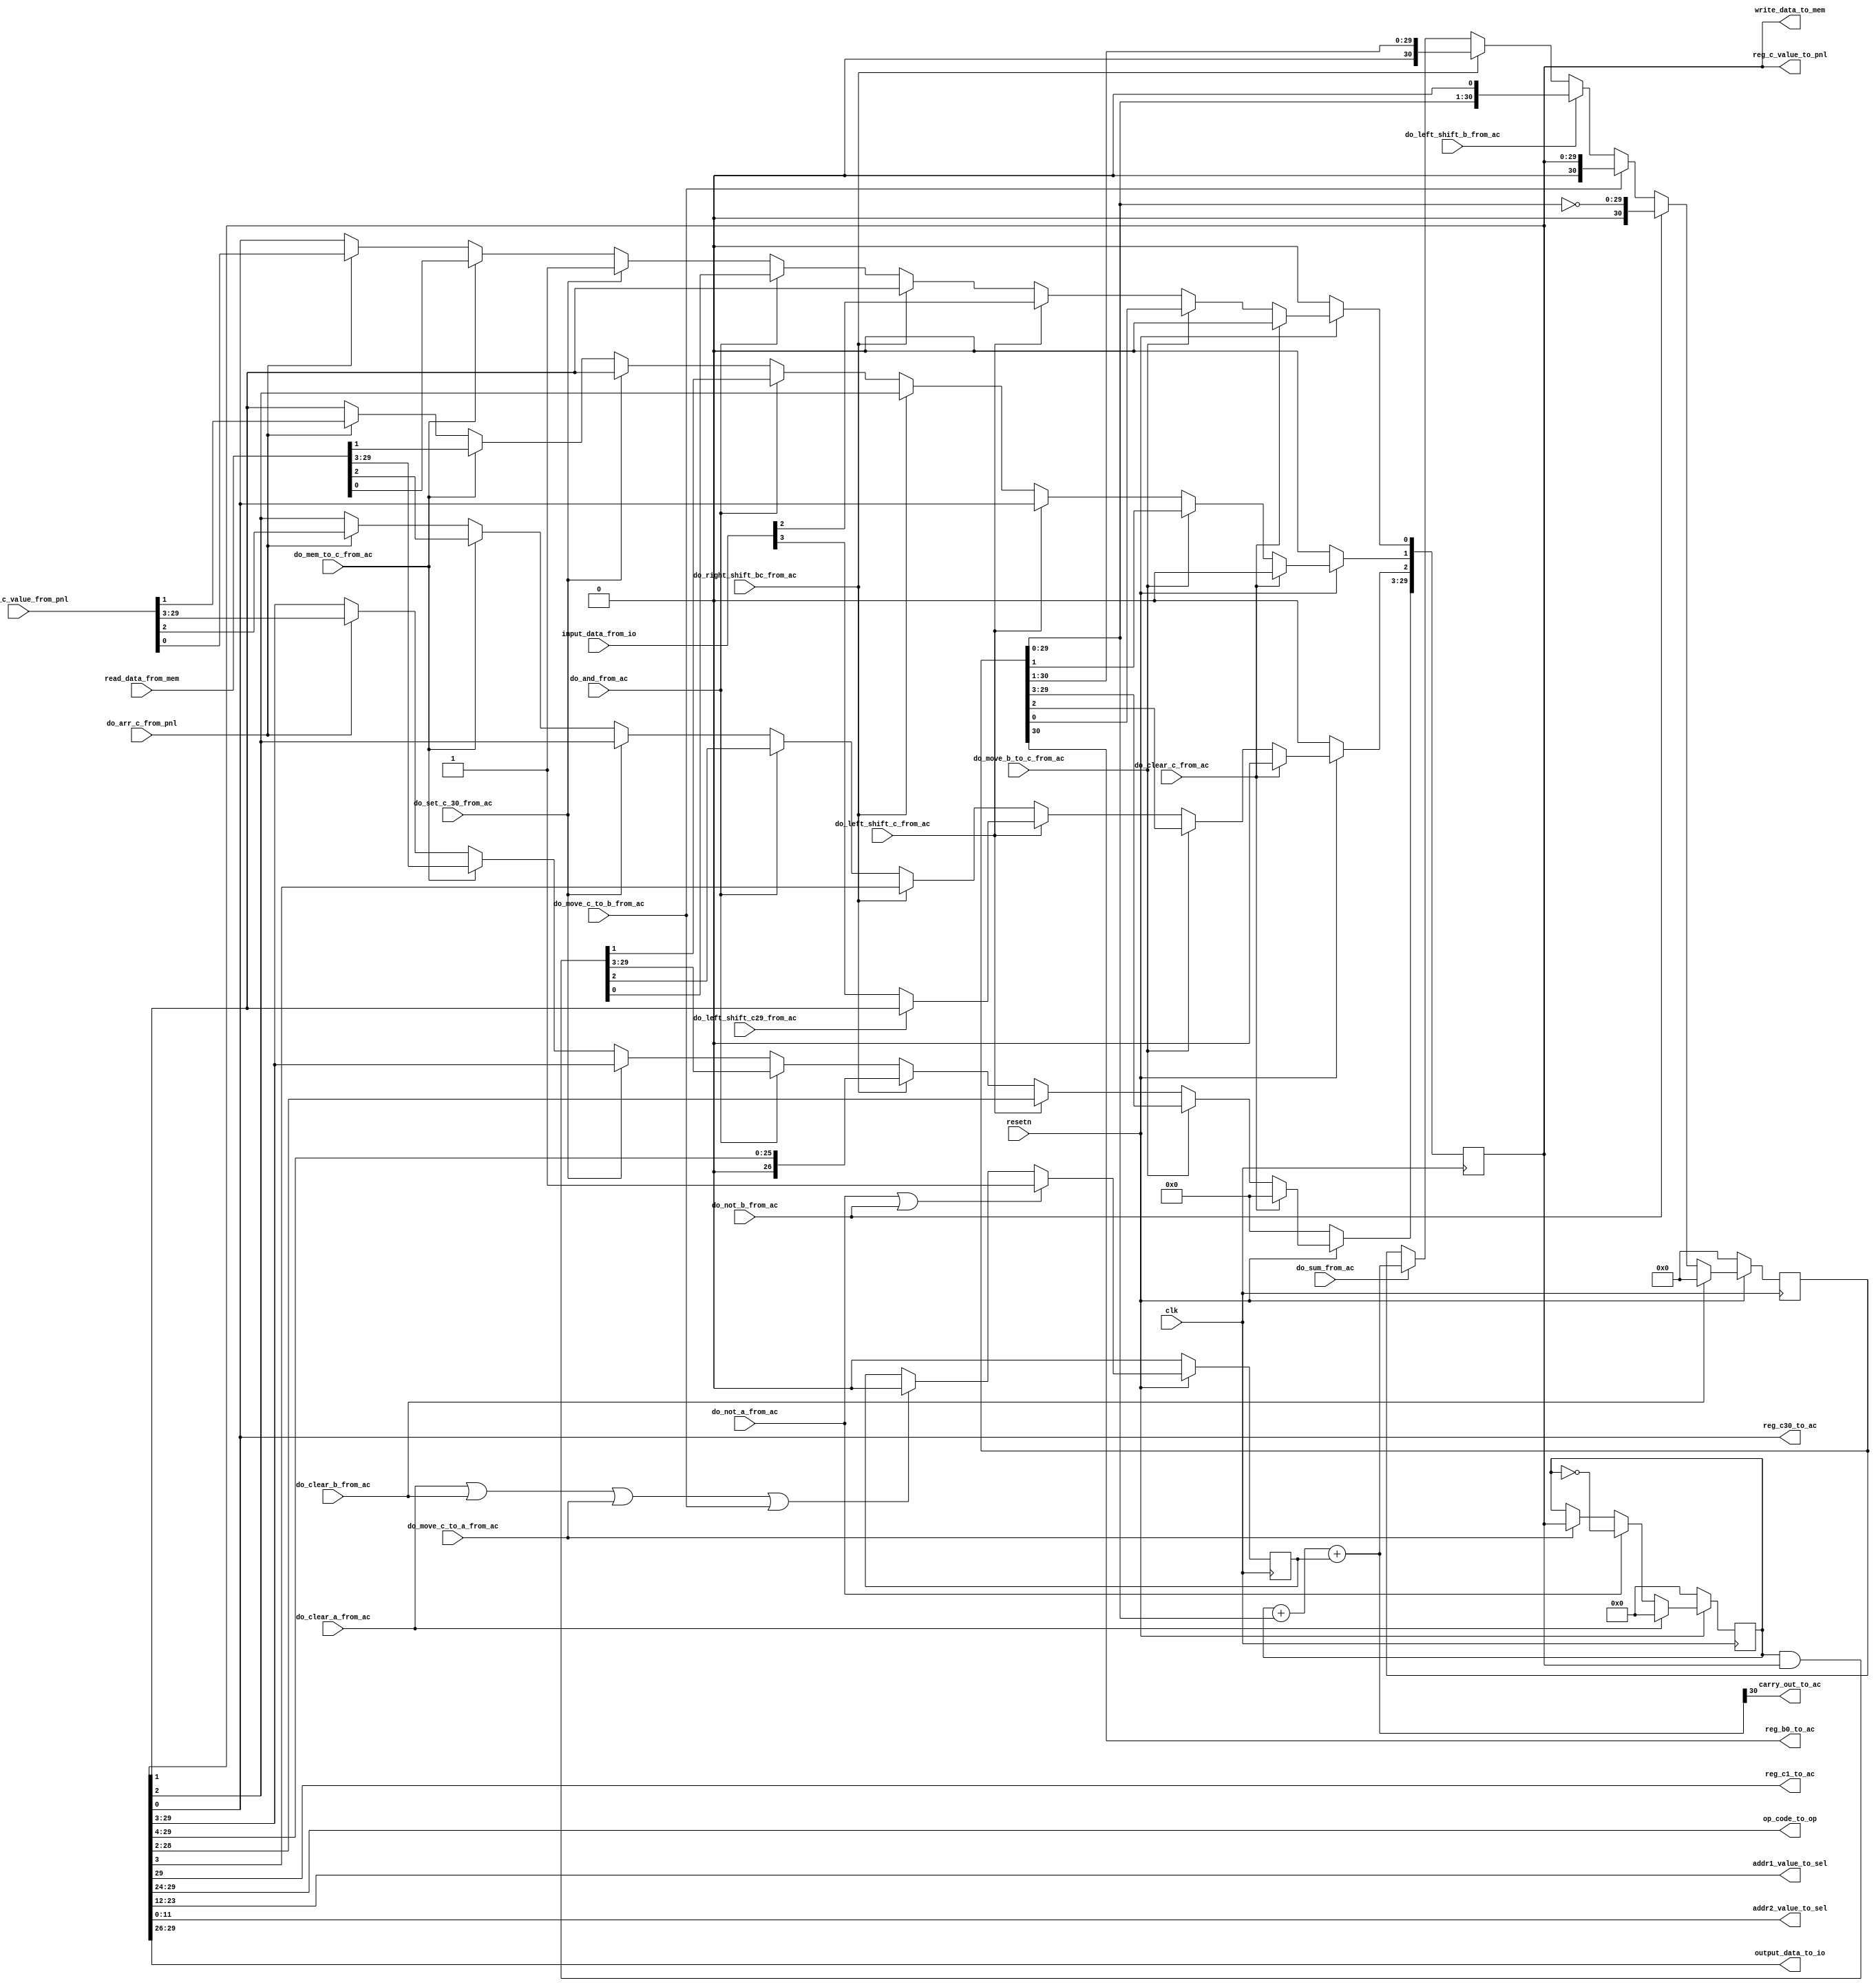
/**
 * 
 *  
 * 
**/

module arith_unit  (
    input  clk,
    input  resetn,

    input  do_clear_a_from_ac,
    input  do_clear_b_from_ac,
    input  do_clear_c_from_ac,
    input  do_not_a_from_ac,
    input  do_not_b_from_ac,
    input  do_sum_from_ac,
    input  do_and_from_ac,
    input  do_set_c_30_from_ac,
    input  do_left_shift_b_from_ac,
    input  do_left_shift_c_from_ac,
    input  do_left_shift_c29_from_ac,
    input  do_right_shift_bc_from_ac,
    input  do_move_c_to_a_from_ac,
    input  do_move_c_to_b_from_ac,
    input  do_move_b_to_c_from_ac,

    output carry_out_to_ac,
    output reg_b0_to_ac,
    output reg_c1_to_ac,
    output reg_c30_to_ac,

    output [ 5:0] op_code_to_op,
    output [11:0] addr1_value_to_sel,
    output [11:0] addr2_value_to_sel,

    input  [ 4:0] input_data_from_io,
    output [ 3:0] output_data_to_io,

    input  do_arr_c_from_pnl,
    input  [29:0] arr_reg_c_value_from_pnl,
    output [29:0] reg_c_value_to_pnl,
    
    input  do_mem_to_c_from_ac,
    input  [29:0] read_data_from_mem,
    output [29:0] write_data_to_mem
);

// use big endian to declare this registers instead of little endian.
reg  [29:0] val_reg_a;
reg  [30:0] val_reg_b;
reg  [29:0] val_reg_c;

reg  carry_in;
wire [30:0] val_sum;
wire [29:0] val_not_a;
wire [29:0] val_not_b;
wire [29:0] val_and;

assign val_sum[30:0] = {1'b0, val_reg_a[29:0]} + {1'b0, val_reg_b[29:0]} + {30'b0, carry_in};
assign val_not_a[29:0] = ~val_reg_a[29:0];
assign val_not_b[29:0] = ~val_reg_b[29:0];
assign val_and[29:0] = val_reg_a[29:0] & val_reg_c[29:0];

always @(posedge clk) begin
    if (~resetn) begin
        val_reg_a[29:0] <= 30'b0;
    end else if (do_clear_a_from_ac) begin
        val_reg_a[29:0] <= 30'b0;
    end else if (do_not_a_from_ac) begin
        val_reg_a[29:0] <= val_not_a[29:0];
    end else if (do_move_c_to_a_from_ac) begin
        val_reg_a[29:0] <= val_reg_c[29:0];
    end
end

always @(posedge clk) begin
    if (~resetn) begin
        val_reg_b[30:0] <= 31'b0;
    end else if (do_clear_b_from_ac) begin
        val_reg_b[30:0] <= 31'b0;
    end else if (do_not_b_from_ac) begin
        val_reg_b[30:0] <= {1'b0, val_not_b[29:0]};
    end else if (do_move_c_to_b_from_ac) begin
        val_reg_b[30:0] <= {1'b0, val_reg_c[29:0]};
    end else if (do_left_shift_b_from_ac) begin
        val_reg_b[30:0] <= {val_reg_b[29:0], 1'b0};
    end else if (do_right_shift_bc_from_ac) begin
        val_reg_b[30:0] <= {1'b0, val_reg_b[30:1]};
    end else if (do_sum_from_ac) begin
        val_reg_b[30:0] <= val_sum[30:0];
    end
end

always @(posedge clk) begin
    if (~resetn) begin
        val_reg_c[29:0] <= 30'b0;
    end else if (do_clear_c_from_ac) begin
        val_reg_c[29:0] <= 30'b0;
    end else if (do_move_b_to_c_from_ac) begin
        val_reg_c[29:0] <= val_reg_b[29:0];
    end else if (do_left_shift_c_from_ac) begin
        val_reg_c[29:3] <= val_reg_c[28:2];
        val_reg_c[2] <= do_left_shift_c29_from_ac ? val_reg_c[1] : input_data_from_io[3];
        val_reg_c[1] <= val_reg_c[0];
        val_reg_c[0] <= input_data_from_io[2];
    end else if (do_right_shift_bc_from_ac) begin
        val_reg_c[29:0] <= {1'b0, val_reg_c[29:1]};
    end else if (do_and_from_ac) begin
        val_reg_c[29:0] <= val_and[29:0];
    end else if (do_set_c_30_from_ac) begin
        val_reg_c[29:0] <= {val_reg_c[29:1], 1'b1};
    end else if (do_mem_to_c_from_ac) begin
        val_reg_c[29:0] <= read_data_from_mem[29:0];
    end else if (do_arr_c_from_pnl) begin
        val_reg_c[29:0] <= arr_reg_c_value_from_pnl[29:0];
    end
end

always @(posedge clk) begin
    if (~resetn) begin
        carry_in <= 1'b0;
    end else if (do_not_a_from_ac || do_not_b_from_ac) begin
        carry_in <= 1'b1;
    end else if (do_clear_a_from_ac || do_clear_b_from_ac || do_move_c_to_a_from_ac || do_move_c_to_b_from_ac) begin
        carry_in <= 1'b0;
    end
end

assign reg_c_value_to_pnl[29:0] = val_reg_c[29: 0];
assign write_data_to_mem[29:0]  = val_reg_c[29: 0];
assign op_code_to_op[5:0]       = val_reg_c[29:24];
assign addr1_value_to_sel[11:0] = val_reg_c[23:12];
assign addr2_value_to_sel[11:0] = val_reg_c[11: 0];
assign output_data_to_io[3:0]   = val_reg_c[29:26];

assign carry_out_to_ac  = val_sum[30];
assign reg_b0_to_ac     = val_reg_b[30];
assign reg_c1_to_ac     = val_reg_c[29];
assign reg_c30_to_ac    = val_reg_c[0];

endmodule